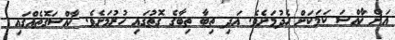
އަށް ޚާއްސަ ކަމަކަށް ހެދުމަށެވެ. އަދި ތިބާ ތިބާގެ ގޮތުގައި ހުރުމަށެވެ. ޚާއްސަގޮތެއްގައި